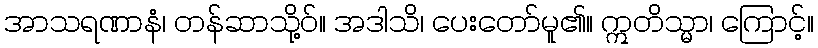
အာသရဏာနံ၊ တန်ဆာသို့ဝ်။ အဒါသိ၊ ပေးတော်မူ၏။ ဣတိသ္မာ၊ ကြောင့်။